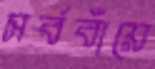
সর্ববাঁয়ে